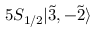
5 S _ { 1 / 2 } | \Tilde { 3 } , - \Tilde { 2 } \rangle